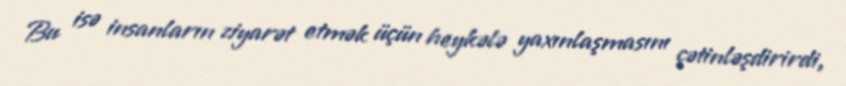
Bu isə insanların ziyarət etmək üçün heykələ yaxınlaşmasını çətinləşdirirdi,